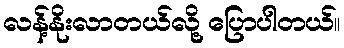
လန့်နိုးလာတယ်လို့ ပြောပါတယ်။